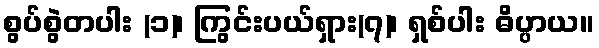
စွပ်စွဲတပါး (၁)၊ ကြွင်းပယ်ရှား(၇)၊ ရှစ်ပါး ဓိပ္ပာယ။